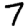
Digit: 7